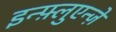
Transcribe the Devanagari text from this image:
इन्फ़्लुएन्ज़े